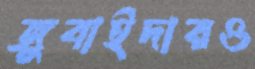
জুবাইদারও